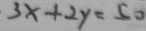
3 x + 2 y = 5 0